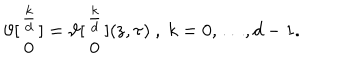
\vartheta [ \begin{array} { c } { { \frac { k } { d } } } \\ { { 0 } } \\ \end{array} ] = \vartheta [ \begin{array} { c } { { \frac { k } { d } } } \\ { { 0 } } \\ \end{array} ] ( \mathrm { z } , \tau ) \ , \ k = 0 , \ldots , d - 1 .